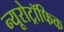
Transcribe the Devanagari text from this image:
न्यूरोट्रॉफिक